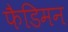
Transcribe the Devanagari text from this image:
फैडिमन